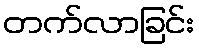
တက်လာခြင်း